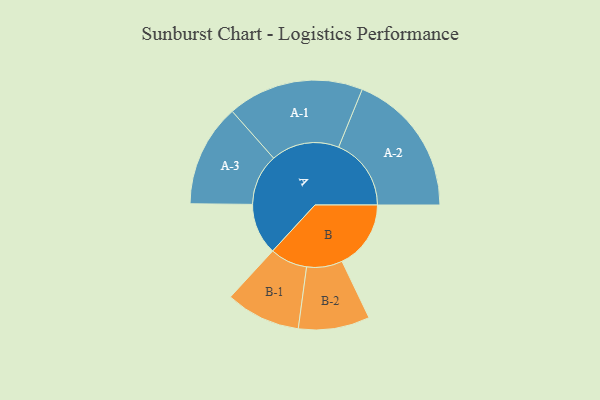
{"axis": {"x": "Segment", "y": "Value"}, "legend": ["", "A", "B"], "data": [{"x": "A", "y": 210, "type": ""}, {"x": "B", "y": 282, "type": ""}, {"x": "A-1", "y": 279, "type": "A"}, {"x": "A-2", "y": 297, "type": "A"}, {"x": "A-3", "y": 210, "type": "A"}, {"x": "B-1", "y": 153, "type": "B"}, {"x": "B-2", "y": 146, "type": "B"}]}